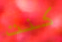
كنت